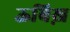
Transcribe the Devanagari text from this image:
ऊबिख़